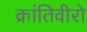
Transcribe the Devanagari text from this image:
क्रांतिवीरो